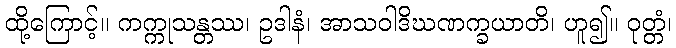
ထို့ကြောင့်။ ကက္ကုသန္တဿ၊ ဥဒါနံ၊ အာသဝါဒိဃဏက္ခယာတိ၊ ဟူ၍။ ဝုတ္တံ၊